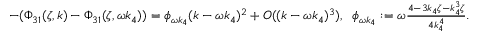
\begin{array} { r l } & { - ( \Phi _ { 3 1 } ( \zeta , k ) - \Phi _ { 3 1 } ( \zeta , \omega k _ { 4 } ) ) = \phi _ { \omega k _ { 4 } } ( k - \omega k _ { 4 } ) ^ { 2 } + O ( ( k - \omega k _ { 4 } ) ^ { 3 } ) , \; \; \phi _ { \omega k _ { 4 } } : = \omega \frac { 4 - 3 k _ { 4 } \zeta - k _ { 4 } ^ { 3 } \zeta } { 4 k _ { 4 } ^ { 4 } } . } \end{array}